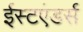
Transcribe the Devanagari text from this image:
ईस्टएंडर्स